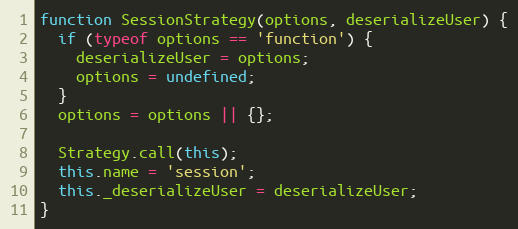
Language: JavaScript
function SessionStrategy(options, deserializeUser) {
  if (typeof options == 'function') {
    deserializeUser = options;
    options = undefined;
  }
  options = options || {};

  Strategy.call(this);
  this.name = 'session';
  this._deserializeUser = deserializeUser;
}